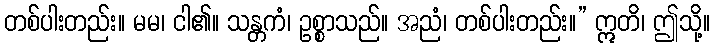
တစ်ပါးတည်း။ မမ၊ ငါ၏။ သန္တကံ၊ ဥစ္စာသည်။ အညံ၊ တစ်ပါးတည်း။” ဣတိ၊ ဤသို့။